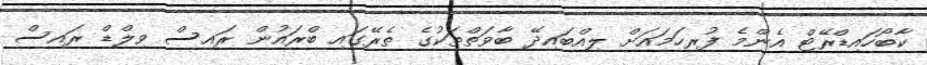
ކާބޯހައިޑްރޭޓް އެންމެ ފުރިހަމައަށް ލިއްބައިދޭ ބާވަތްތަކުގެ ތެރޭގައި ބްރައުން ރައިސް ވިލްޑް ރައިސް